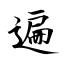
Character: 遍